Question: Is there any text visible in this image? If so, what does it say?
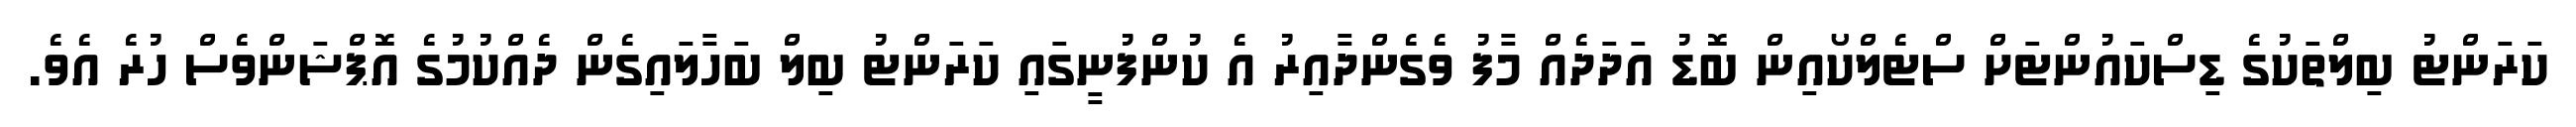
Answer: ކަރަންޓު ބިލްތަކުގެ ޑިސްކައުންޓަށް ސްޓެލްކޯއިން ބޮޑު އަދަދެއް މާފު ވެގެންދާއިރު އެ ކުންފުނީގައި ކަރަންޓު ބިލް ބަހާލައިގެން ދެއްކުމުގެ އޮޕްޝަންވެސް ހުރެ އެވެ.